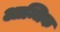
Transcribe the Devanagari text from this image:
आन्धिक